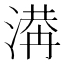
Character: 𣺙